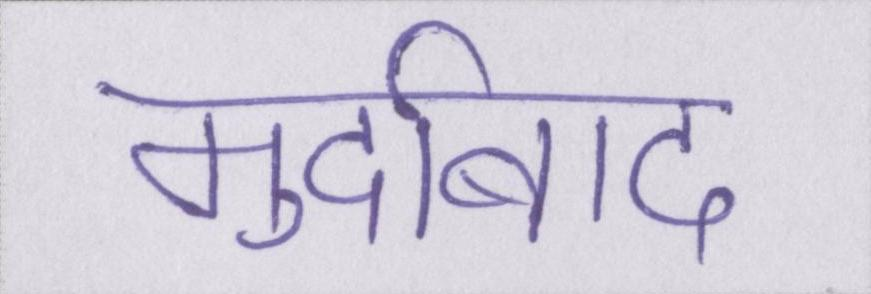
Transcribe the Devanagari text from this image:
मुर्दाबाद